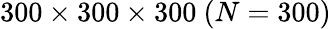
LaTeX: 300\times 300\times 300~(N=300)